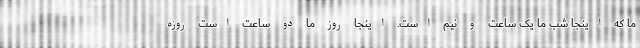
ما که اینجا شب ما یک ساعت و نیم است. اینجا روز ما دو ساعت است روزه